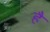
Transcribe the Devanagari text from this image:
हैं